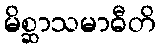
မိစ္ဆာသမာဓီတိ